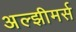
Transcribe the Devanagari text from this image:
अल्झीमर्स